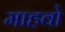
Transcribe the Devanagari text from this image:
माहवो